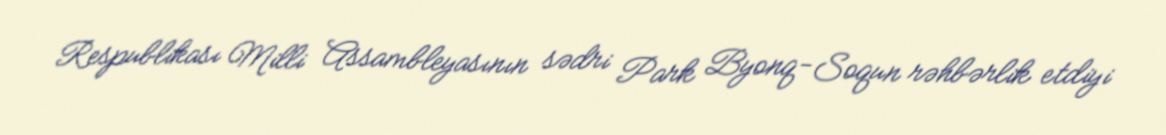
Respublikası Milli Assambleyasının sədri Park Byonq-Soqun rəhbərlik etdiyi